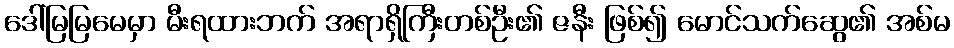
ဒေါ်မြမြမေမှာ မီးရထားဘက် အရာရှိကြီးတစ်ဦး၏ ဇနီး ဖြစ်၍ မောင်သက်ဆွေ၏ အစ်မ